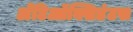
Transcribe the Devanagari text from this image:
अँटिऑक्सिडंटस